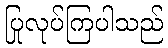
ပြုလုပ်ကြပါသည်